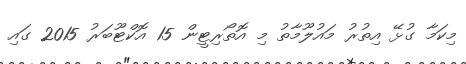
މިކަމާ ގުޅޭ އިތުރު މައުލޫމާތު މި އޮތޯރިޓީން 15 އޮކްޓޫބަރު 2015 ގައި